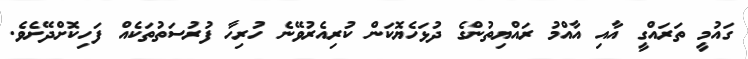
ގައުމީ ތަރައްގީ އާއި އާއްމު ރައްޔިތުންގެ ދުޅަހެޔޮކަން ކުރިއެރުވޭނެ ހުރިހާ ފުރުސަތުތަކެއް ފަހިކޮށްދޭށެވެ.